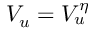
V _ { u } = V _ { u } ^ { \eta }